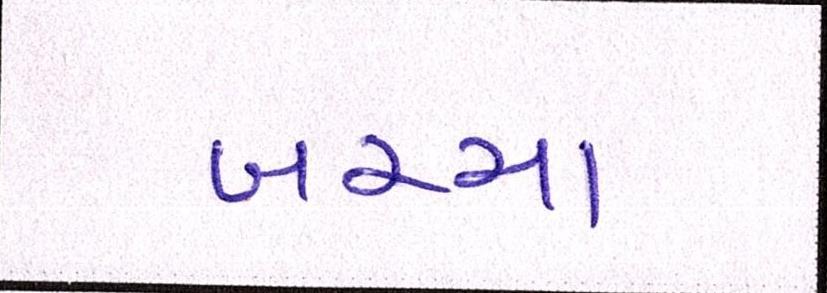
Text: બચ્ચા